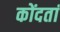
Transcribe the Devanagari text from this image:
कोंदतां